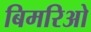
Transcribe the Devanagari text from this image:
बिमरिओ